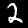
Digit: 2